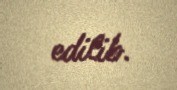
edilib.